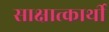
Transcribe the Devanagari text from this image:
साक्षात्कार्थी